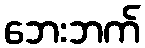
ဘေးဘက်